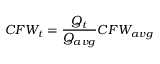
C F W _ { t } = \frac { Q _ { t } } { Q _ { a v g } } C F W _ { a v g }